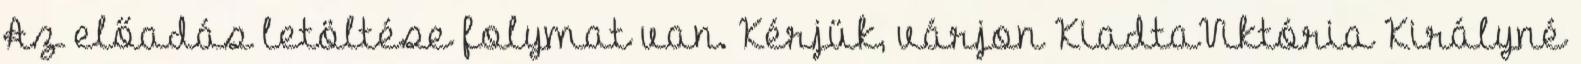
Az előadás letöltése folymat van. Kérjük, várjon KiadtaViktória Királyné